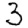
Digit: 3